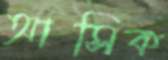
আসিক